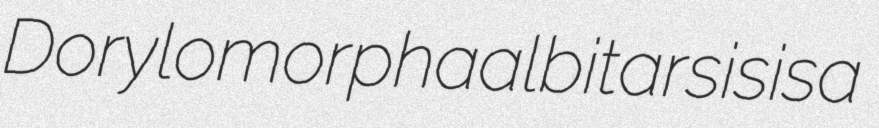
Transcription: Dorylomorpha albitarsis is a